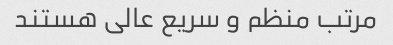
مرتب منظم و سریع عالی هستند